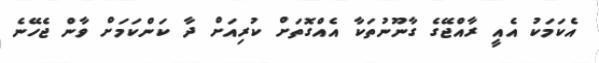
އެކަމަކު އެއީ ރާއްޖޭގެ ގާނޫނުތަކާ އެއްގޮތަށް ކުރިއަށް ދާ ކަންކަމަށް ވާން ޖެހޭނެ